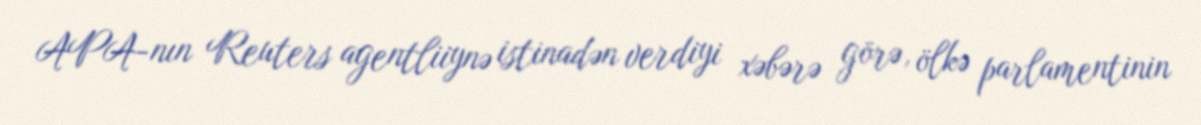
APA-nın Reuters agentliiynə istinadən verdiyi xəbərə görə, ölkə parlamentinin